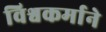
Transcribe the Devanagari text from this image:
विश्वकर्माने